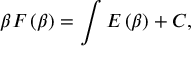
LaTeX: \beta F \left( \beta \right) = \int E \left( \beta \right) + C ,